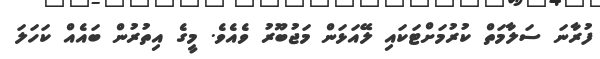
ފުރާނަ ސަލާމަތް ކުރުމަށްޓަކައި ލޭއަޅަން މަޖުބޫރު ވެއެވެ. މީގެ އިތުރުން ބައެއް ކަހަލަ